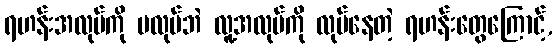
ရဟန်းအလုပ်ကို မလုပ်ဘဲ လူ့အလုပ်ကို လုပ်နေတဲ့ ရဟန်းတွေကြောင့်,